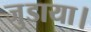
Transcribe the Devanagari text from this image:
जुडाया।